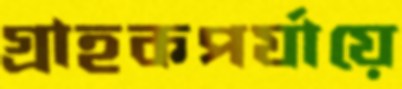
গ্রাহকপর্যায়ে